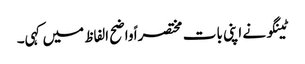
ٹینگو نے اپنی بات مختصراً واضح الفاظ میں کہی۔